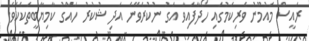
ރައީސް މައުމޫނު ވެރިކަމުގައި ހޯދާފައިވާ އަގު ނުކުރެވޭނެ އަދި ޝުކުރު ހައްގު ކާމިޔާބީތަކެކެވެ.